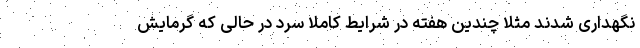
نگهداری شدند مثلا چندین هفته در شرایط کاملا سرد در حالی که گرمایش